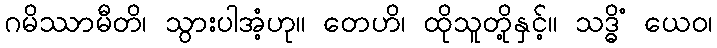
ဂမိဿာမီတိ၊ သွားပါအံ့ဟု။ တေဟိ၊ ထိုသူတို့နှင့်။ သဒ္ဓိံ ယေဝ၊